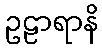
ဥဠာရာနိ